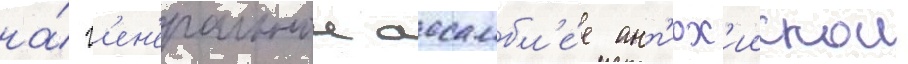
на́ г'ен'еральнои ассамбл'е́е ант'иох'иискои